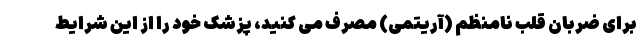
برای ضربان قلب نامنظم (آریتمی) مصرف می کنید، پزشک خود را از این شرایط